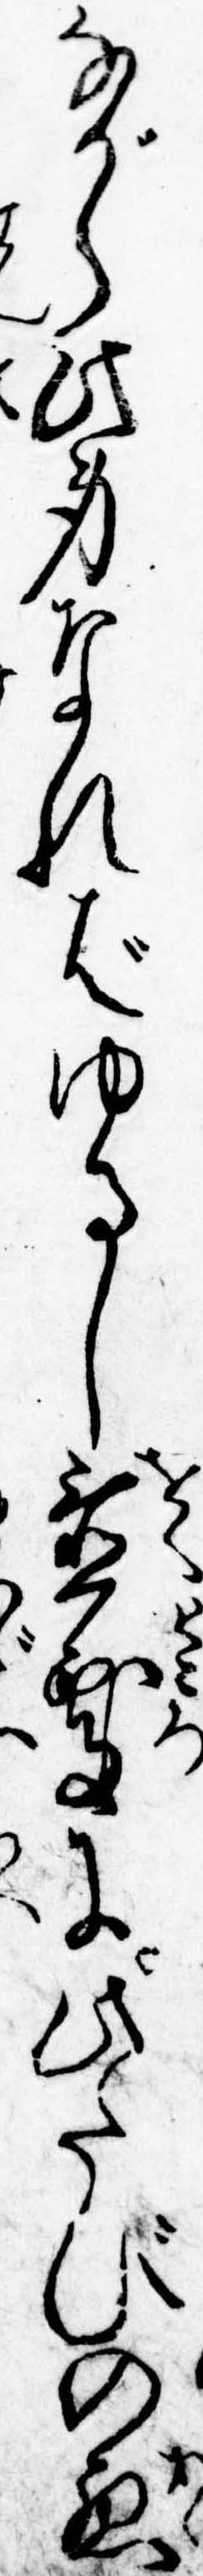
ながら此身なればゆるし置処に此たびの悪